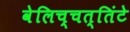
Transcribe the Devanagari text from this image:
वेलिच्चत्तिंटे